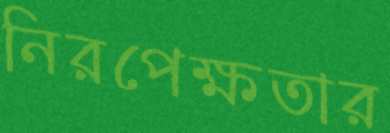
নিরপেক্ষতার